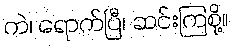
ကဲ၊ ရောက်ပြီ၊ ဆင်းကြစို့။